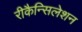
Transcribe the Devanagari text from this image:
रीकैन्सिलेशन